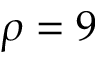
\rho = 9